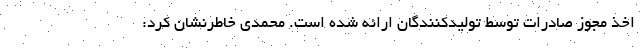
اخذ مجوز صادرات توسط تولیدکنندگان ارائه شده است. محمدی خاطرنشان کرد: